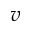
v